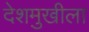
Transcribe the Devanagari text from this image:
देशमुखीला